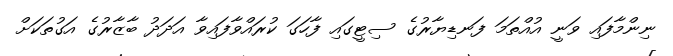
ނިންމާފައި ވަނީ އުއްތަމަ ފަނޑިޔާރުގެ ސިޓީގައި ފާހަގަ ކުރައްވާފައިވާ އަދަދު ބާޒާރުގެ އަގުތަކަށް